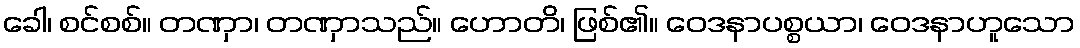
ခေါ၊ စင်စစ်။ တဏှာ၊ တဏှာသည်။ ဟောတိ၊ ဖြစ်၏။ ဝေဒနာပစ္စယာ၊ ဝေဒနာဟူသော